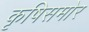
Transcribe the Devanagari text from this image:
कृषिसमोर